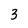
Character: 3